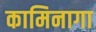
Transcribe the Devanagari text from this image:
कामिनागा